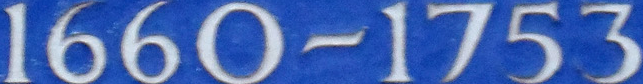
1660~1753